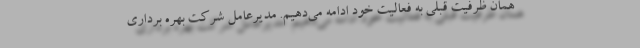
همان ظرفیت قبلی به فعالیت خود ادامه می‌دهیم. مدیرعامل شرکت بهره برداری